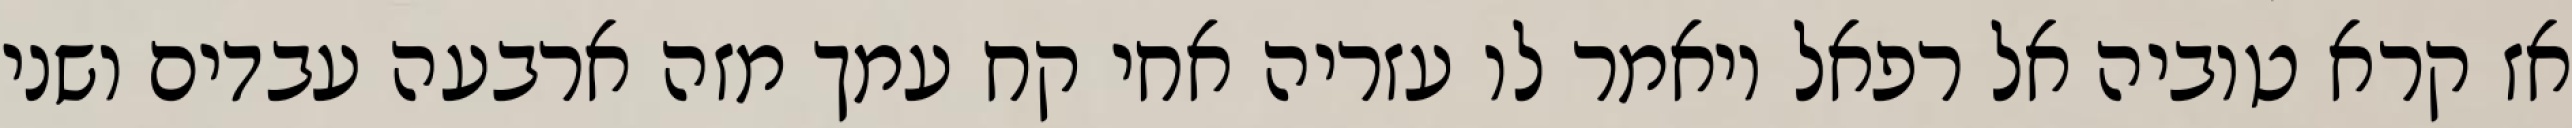
אז קרא טוביה אל רפאל ויאמר לו עזריה אחי קח עמך מזה ארבעה עבדים ושני